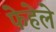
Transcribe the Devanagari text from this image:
फेहेले